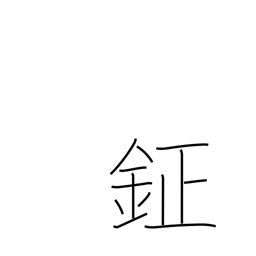
Meaning: bell